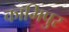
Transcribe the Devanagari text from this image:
कामिपुर